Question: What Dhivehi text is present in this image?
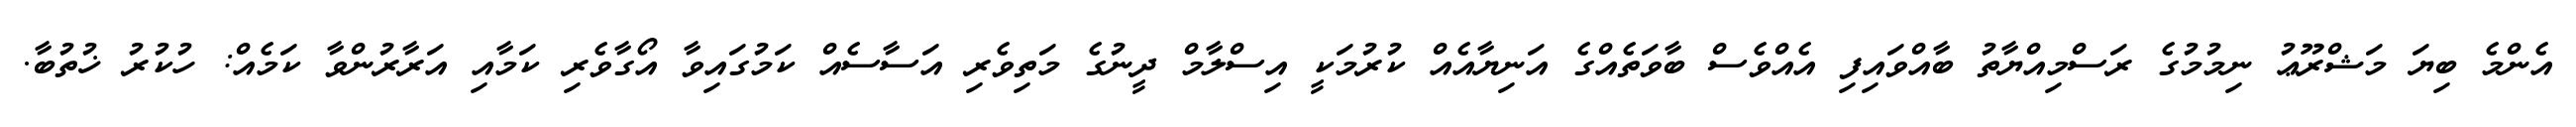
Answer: އެންމެ ބިޔަ މަޝްރޫޢު ނިމުމުގެ ރަސްމިއްޔާތު ބާއްވައިފި އެއްވެސް ބާވަތެއްގެ އަނިޔާއެއް ކުރުމަކީ އިސްލާމް ދީނުގެ މަތިވެރި އަސާސެއް ކަމުގައިވާ އޯގާވެރި ކަމާއި އަރާރުންވާ ކަމެއް: ހުކުރު ޚުތުބާ.